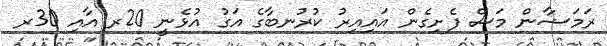
ރަމަޟާން މަސް ފެށިގެން އައިއިރު ކުރުނބާގެ އަގު އުޅެނީ 20ރ އާއި 30ރ